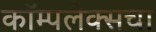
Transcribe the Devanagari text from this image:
कॉम्पलेक्सचा